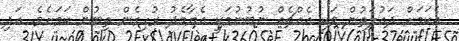
އެކަމަށް ދައުލަތުން ވަކި އެއްޗެއް ނުބުނުމަކީ އެޔާމެދު ރުހިގެން ތިބުން ކަމަށެވެ. އަދި